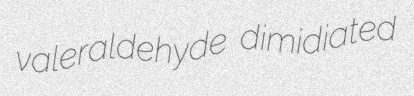
valeraldehyde dimidiated